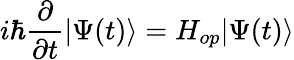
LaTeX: i\hbar\frac{\partial}{\partial t}|\Psi(t)\rangle=H_{op}|\Psi(t)\rangle